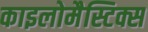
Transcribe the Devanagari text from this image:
काइलोमैस्टिक्स